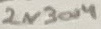
Text: 2N3004